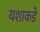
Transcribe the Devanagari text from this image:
यशाकडे